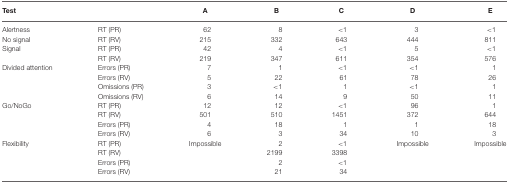
| Test |  | A | B | C | D | E |
 | --- | --- | --- | --- | --- | --- | --- |
 | Alertness | RT (PR) | 62 | 8 | <1 | 3 | <1 |
 | No signal | RT (RV) | 215 | 332 | 643 | 444 | 811 |
 | Signal | RT (PR) | 42 | 4 | <1 | 5 | <1 |
 |  | RT (RV) | 219 | 347 | 611 | 354 | 576 |
 | Divided attention | Errors (PR) | 7 | 1 | <1 | <1 | 1 |
 |  | Errors (RV) | 5 | 22 | 61 | 78 | 26 |
 |  | Omissions (PR) | 3 | <1 | 1 | <1 | 1 |
 |  | Omissions (RV) | 6 | 14 | 9 | 50 | 11 |
 | Go/NoGo | RT (PR) | 12 | 12 | <1 | 96 | 1 |
 |  | RT (RV) | 501 | 510 | 1451 | 372 | 644 |
 |  | Errors (PR) | 4 | 18 | 1 | 1 | 18 |
 |  | Errors (RV) | 6 | 3 | 34 | 10 | 3 |
 | Flexibility | RT (PR) | Impossible | 2 | <1 | Impossible | Impossible |
 |  | RT (RV) |  | 2199 | 3398 |  |  |
 |  | Errors (PR) |  | 2 | <1 |  |  |
 |  | Errors (RV) |  | 21 | 34 |  |  |